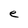
Character: e